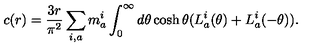
c ( r ) = \frac { 3 r } { \pi ^ { 2 } } \sum _ { i , a } m _ { a } ^ { i } \int _ { 0 } ^ { \infty } d \theta \cosh \theta ( L _ { a } ^ { i } ( \theta ) + L _ { a } ^ { i } ( - \theta ) ) .